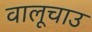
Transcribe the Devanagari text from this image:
वालूचाउ